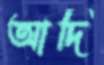
আদি